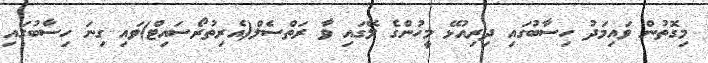
މިގޮތުން ވައިމަދު ހިސާބުގައި ދިރިއުޅޭ މީހުންގެ ލޭގައި ވާ ރަތްސެލް(އެރިތުރޯސައިޓް)ވައި ގިނަ ހިސާބުގައި